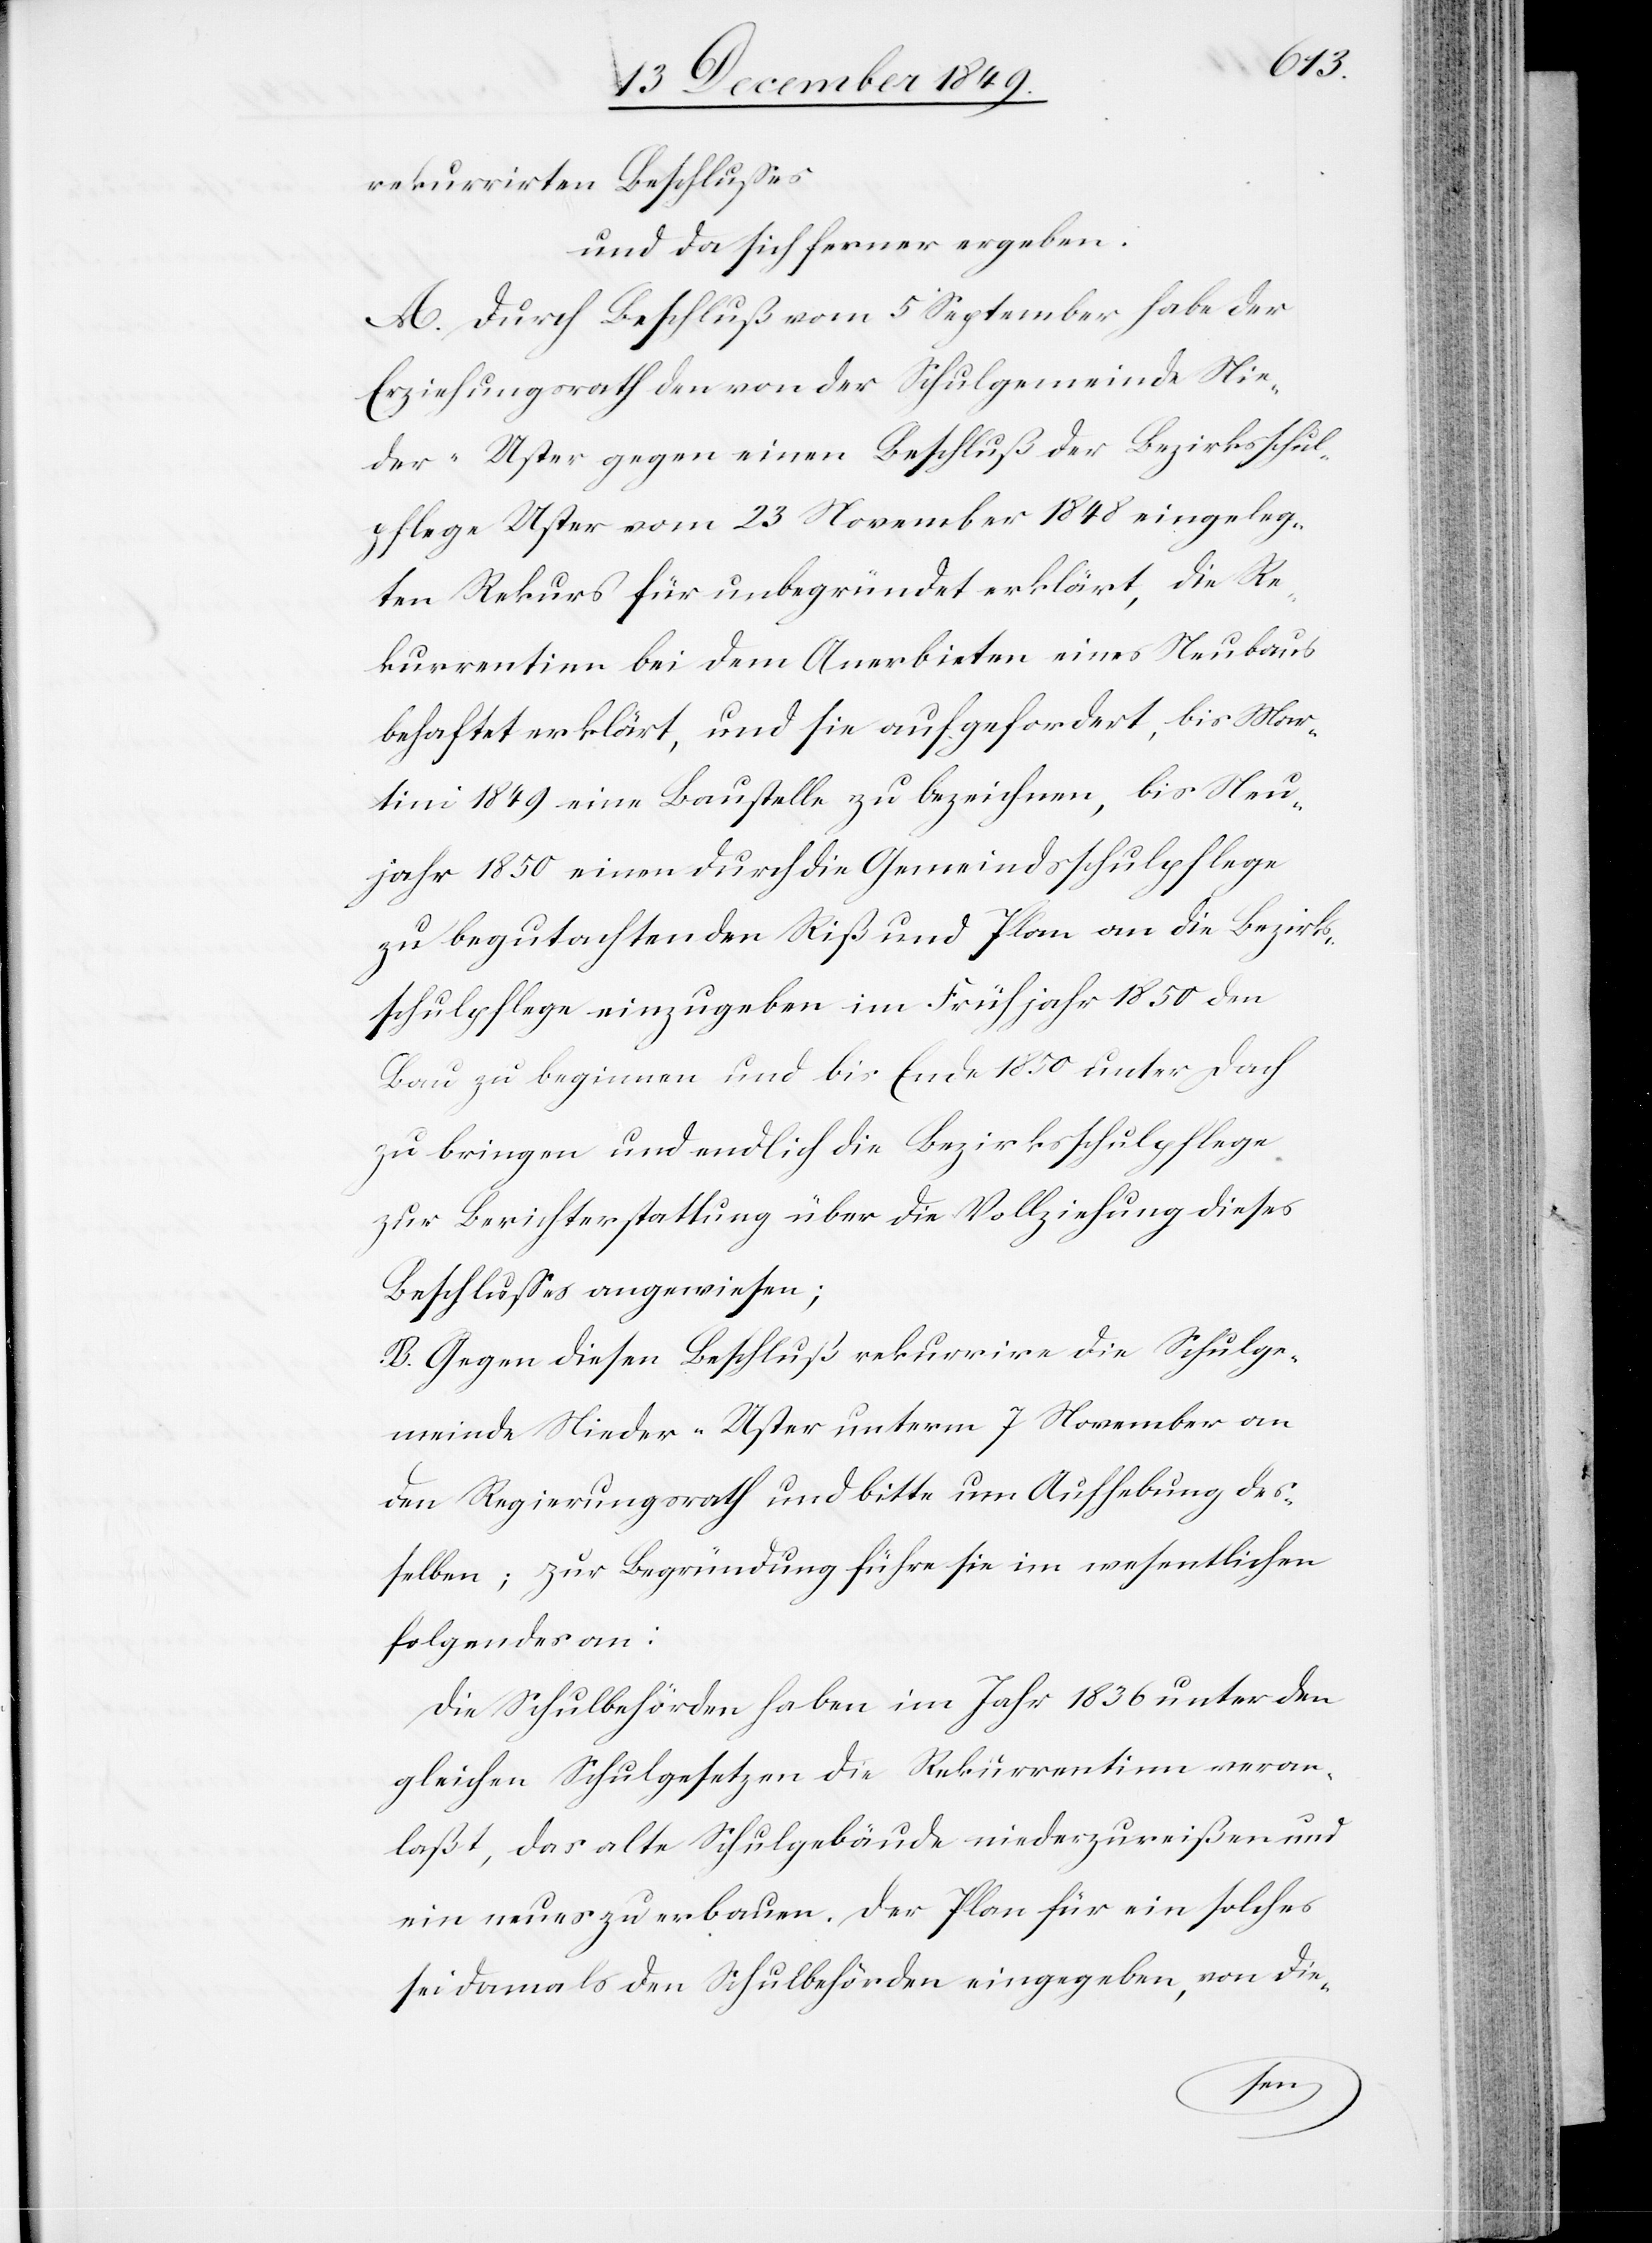
rekurrirten Beschlußes
und da sich ferner ergeben.
A. Durch Beschluß vom 5 September habe der
Erziehungsrath der von der Schulgemeinde Nie¬
der-Uster gegen einen Beschluß der Bezirksschul¬
pflege Uster vom 23 November 1848 eingeleg¬
ten Rekurs für unbegründet erklärt, die Re¬
kurrentinn bei dem Anerbieten eines Neubaus
behaftet erklärt, und sie aufgefordert, bis Mar¬
tini 1849 eine Baustelle zu bezeichnen, bis Neu¬
jahr 1850 einen durch die Gemeindsschulpflege
zu begutachten Riß und Plan an die Bezirks¬
schulpflege einzugeben im Frühjahr 1850 den
Bau zu beginnen und bis Ende 1850 unter Dach
zu bringen und endlich die Bezirksschulpflege
zur Berichterstattung über die Vollziehung dieses
Beschlußes angewiesen.
B. Gegen diesen Beschluß rekurrire die Schulge¬
meinde Nieder-Uster unterm 7 November an
den Regierungsrath und bitte um Aufhebung des¬
selben; zur Begründung führe sie im wesentlichen
folgendes an:
Die Schulbehörden haben im Jahr 1836 unter den
gleichen Schulgesetzen die Rekurrentinn veran¬
laßt, das alte Schulgebäude niederzureißen und
ein neues zu erbauen. Der Plan für ein solches
sei damals den Schulbehörden eingegeben, von die-